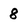
Character: 8